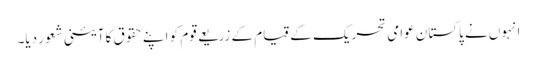
انہوں نے پاکستان عوامی تحریک کے قیام کے زریعے قوم کو اپنے حقوق کا آئینی شعور دیا۔